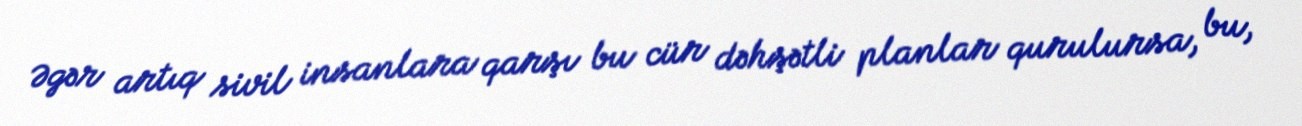
Əgər artıq sivil insanlara qarşı bu cür dəhşətli planlar qurulursa, bu,